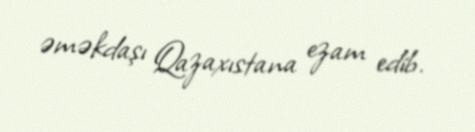
əməkdaşı Qazaxıstana ezam edib.